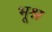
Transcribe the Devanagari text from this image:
भूश्न